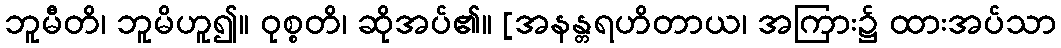
ဘူမီတိ၊ ဘူမိဟူ၍။ ဝုစ္စတိ၊ ဆိုအပ်၏။ [အနန္တရဟိတာယ၊ အကြား၌ ထားအပ်သာ